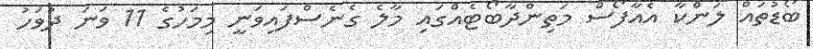
ބޯޑުތައް ލަންކާ އެއާފޯސް މަތިންދާބޯޓެއްގައި މާލެ ގެނެސްފައިވަނީ މިމަހުގެ 11 ވަނަ ދުވަހު